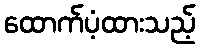
ထောက်ပံ့ထားသည့်